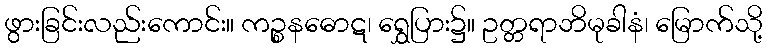
ဖွားခြင်းလည်းကောင်း။ ကဉ္စနဓောဋ၊ ရွှေပြား၌။ ဥတ္တရာဘိမုခါနံ၊ မြောက်သို့